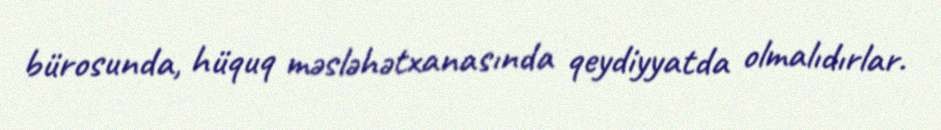
bürosunda, hüquq məsləhətxanasında qeydiyyatda olmalıdırlar.